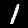
Digit: 1